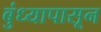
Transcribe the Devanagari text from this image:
बुंध्यापासून